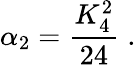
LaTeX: \alpha_{2}=\frac{K_{4}^{2}}{24}\; .